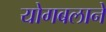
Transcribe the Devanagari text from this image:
योगबलाने